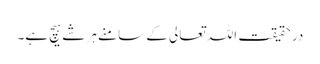
در حقیقت اللہ تعالی کے سامنے ہر شے ہیچ ہے۔